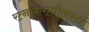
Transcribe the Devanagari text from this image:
रत्नाकराधौतपदां